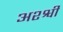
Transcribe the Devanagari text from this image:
अश्श्वी